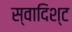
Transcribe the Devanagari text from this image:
स्वादिश्ट